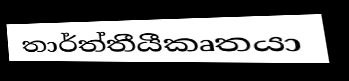
තාර්ත්තීයීකෘතයා